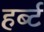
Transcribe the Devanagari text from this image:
हर्ब्ट